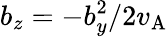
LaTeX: b_{z}=-b_{y}^{2}/2v_{\mathrm{A}}